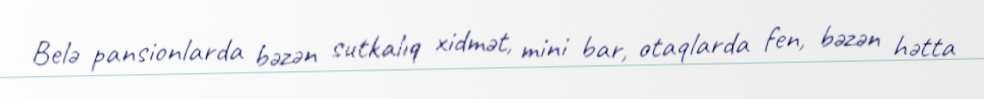
Belə pansionlarda bəzən sutkalıq xidmət, mini bar, otaqlarda fen, bəzən hətta